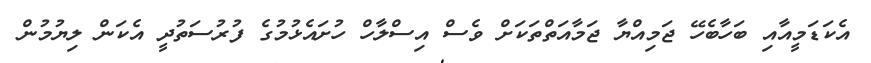
އެކަޑަމީއާއި ބަހާބެހޭ ޖަމިއްޔާ ޖަމާއަތްތަކަށް ވެސް އިސްލާހް ހުށައެެޅުމުގެ ފުރުސަތުދީ އެކަން ލިޔުމުން